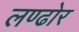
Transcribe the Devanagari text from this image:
लण्ढोर